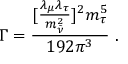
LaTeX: \Gamma = \displaystyle \frac { [ \frac { \lambda _ { \mu } \lambda _ { \tau } } { m _ { \tilde { \nu } } ^ { 2 } } ] ^ { 2 } m _ { \tau } ^ { 5 } } { 1 9 2 \pi ^ { 3 } } ~ .